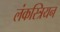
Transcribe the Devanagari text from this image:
लंकस्त्रियन